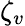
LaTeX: \zeta_{v}